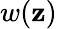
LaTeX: w(\mathbf{z})